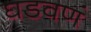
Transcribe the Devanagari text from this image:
घडवणं